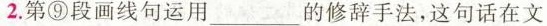
2.第⑨段画线句运用___的修辞手法，这句话在文